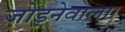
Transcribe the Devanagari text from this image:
जोड़नेवाला।